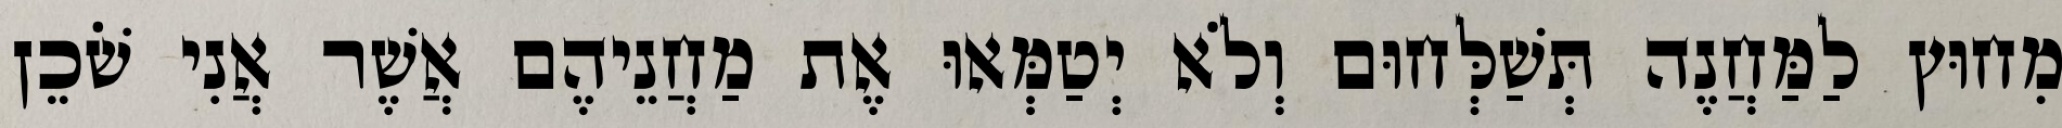
מִחוּץ לַמַּחֲנֶה תְּשַׁלְּחוּם וְלֹא יְטַמְּאוּ אֶת מַחֲנֵיהֶם אֲשֶׁר אֲנִי שֹׁכֵן